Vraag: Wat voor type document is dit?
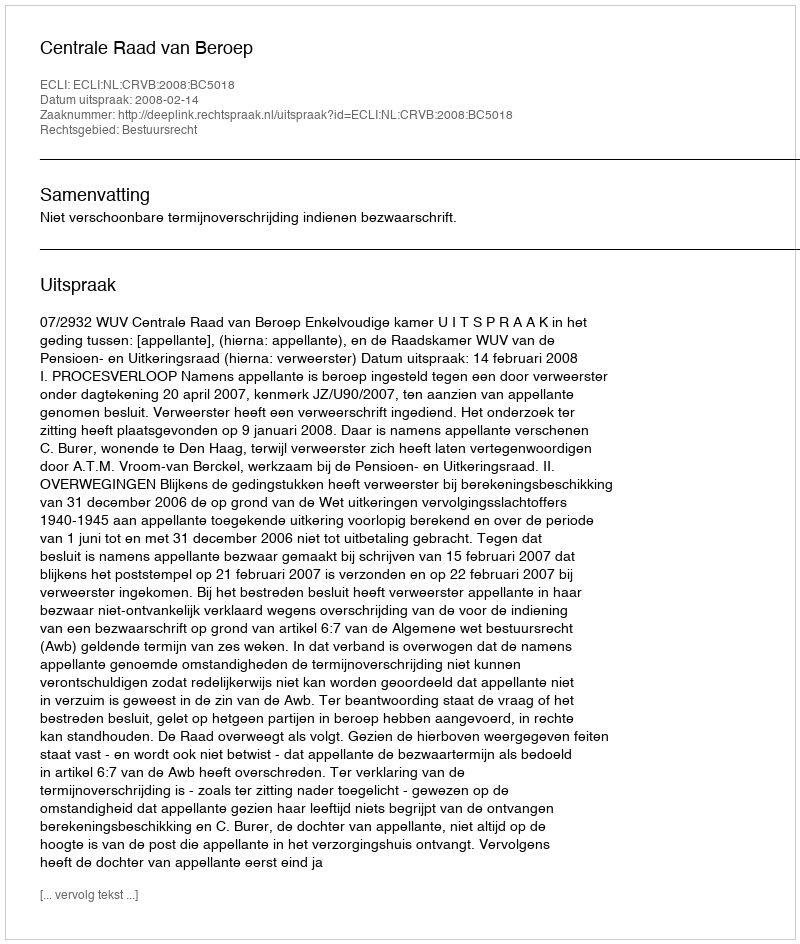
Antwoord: Uitspraak